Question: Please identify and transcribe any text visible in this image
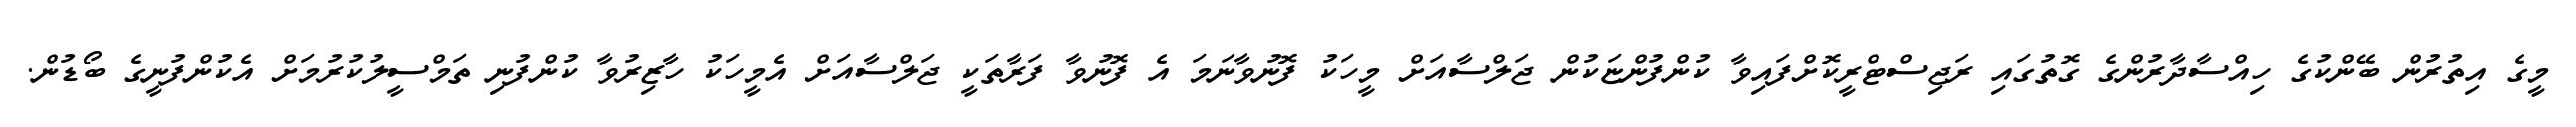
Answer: މީގެ އިތުރުން ބޭންކުގެ ހިއްސާދާރުންގެ ގޮތުގައި ރަޖިސްޓްރީކޮށްފައިވާ ކުންފުންޏަކުން ޖަލްސާއަށް މީހަކު ފޮނުވާނަމަ އެ ފޮނުވާ ފަރާތަކީ ޖަލްސާއަށް އެމީހަކު ހާޒިރުވާ ކުންފުނި ތަމްސީލުކުރުމަށް އެކުންފުނީގެ ބޯޑުން.